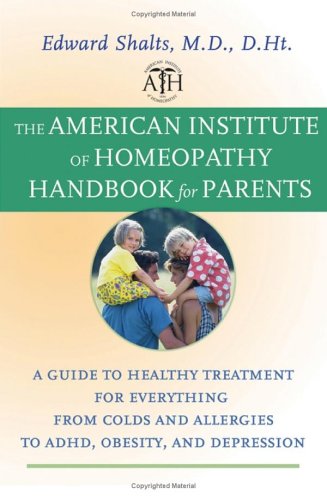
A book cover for The American Institute of Homeopathy Handbook for Parents: A Guide to Healthy Treatment for Everything from Colds and Allergies to ADHD, Obesity, and Depression; Edward Shalts M.D.  D.Ht.; Health, Fitness & Dieting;